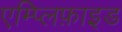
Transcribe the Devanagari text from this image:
एम्प्लिफ़ाइड